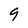
Character: 9